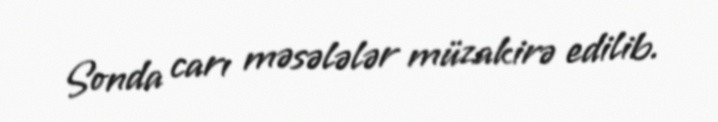
Sonda carı məsələlər müzakirə edilib.